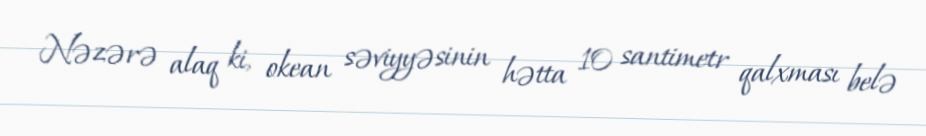
Nəzərə alaq ki, okean səviyyəsinin hətta 10 santimetr qalxması belə